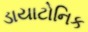
ડાયાટોનિક